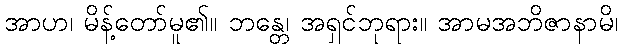
အာဟ၊ မိန့်တော်မူ၏။ ဘန္တေ၊ အရှင်ဘုရား။ အာမအဘိဇာနာမိ၊